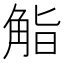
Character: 𮗬